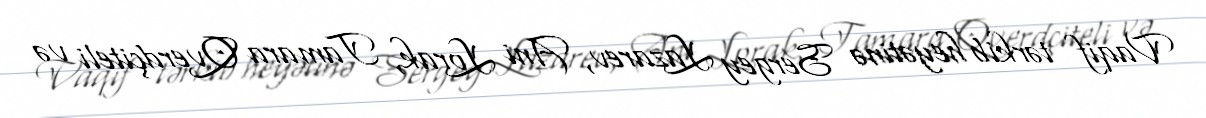
Vaqif tərkib heyətinə Sergey Lazarev, Ani Lorak, Tamara Qverdçiteli və